Indian journal of veterinary science and animal husbandry - Volumes 15-17, 1948-1951
Year: 1948
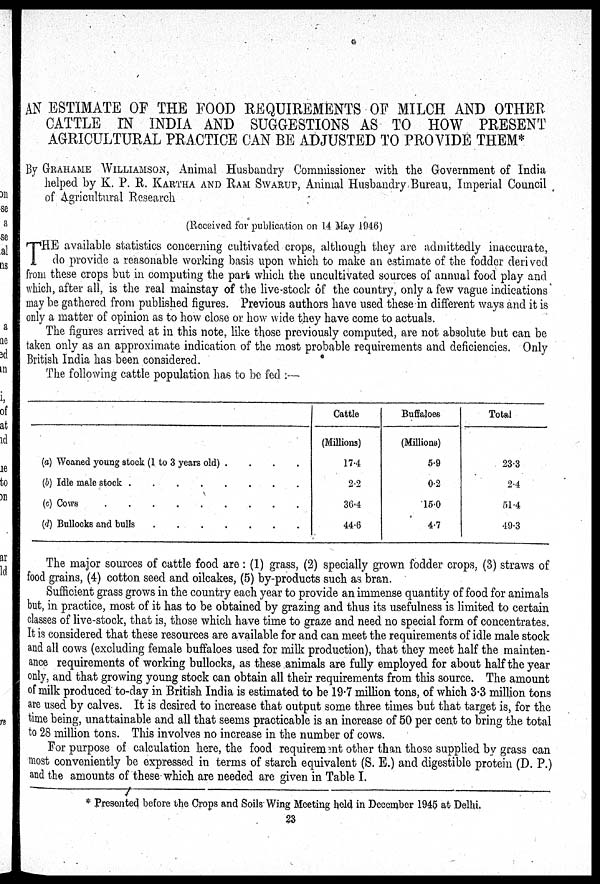
AN ESTIMATE OF THE FOOD REQUIREMENTS OF MILCH AND OTHER
CATTLE IN INDIA AND SUGGESTIONS AS TO HOW PRESENT
AGRICULTURAL PRACTICE CAN BE ADJUSTED TO PROVIDE THEM*
By GRAHAME WILLIAMSON, Animal Husbandry Commissioner with the Government of India
helped by K. P. R. KARTHA AND RAM SWARUP, Animal Husbandry Bureau, Imperial Council
of Agricultural Research
(Received for publication on 14 May 1946)
T HE available statistics concerning cultivated crops, although they are admittedly inaccurate,
do provide a reasonable working basis upon which to make an estimate of the fodder derived
from these crops but in computing the part which the uncultivated sources of annual food play and
which, after all, is the real mainstay of the live-stock of the country, only a few vague indications
may be gathered from published figures. Previous authors have used these in different ways and it is
only a matter of opinion as to how close or how wide they have come to actuals.
The figures arrived at in this note, like those previously computed, are not absolute but can be
taken only as an approximate indication of the most probable requirements and deficiencies. Only
British India has been considered.
The following cattle population has to be fed:—
(a) Weaned young stock (1 to 3 years old) .
.
.
.
(b) Idle male stock . . . . . . . .
(c) Cows . . . . . . . .
(d) Bullocks and bulls . . . . . . . .
Cattle
(Millions)
17.4
2.2
36.4
44.6
Buffaloes
(Millions)
5.9
0.2
15.0
4.7
Total
23.3
2.4
51.4
49.3
The major sources of cattle food are: (1) grass, (2) specially grown fodder crops, (3) straws of
food grains, (4) cotton seed and oilcakes, (5) by-products such as bran.
Sufficient grass grows in the country each year to provide an immense quantity of food for animals
but, in practice, most of it has to be obtained by grazing and thus its usefulness is limited to certain
classes of live-stock, that is, those which have time to graze and need no special form of concentrates.
It is considered that these resources are available for and can meet the requirements of idle male stock
and all cows (excluding female buffaloes used for milk production), that they meet half the mainten-
ance requirements of working bullocks, as these animals are fully employed for about half the year
only, and that growing young stock can obtain all their requirements from this source. The amount
of milk produced to-day in British India is estimated to be 19.7 million tons, of which 3.3 million tons
are used by calves. It is desired to increase that output some three times but that target is, for the
time being, unattainable and all that seems practicable is an increase of 50 per cent to bring the total
to 28 million tons. This involves no increase in the number of cows.
For purpose of calculation here, the food requirement other than those supplied by grass can
most conveniently be expressed in terms of starch equivalent (S. E.) and digestible protein (D. P.)
and the amounts of these which are needed are given in Table I.
* Presented before the Crops and Soils Wing Meeting held in December 1945 at Delhi.
23